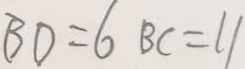
B D = 6 B C = 1 1